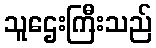
သူဌေးကြီးသည်